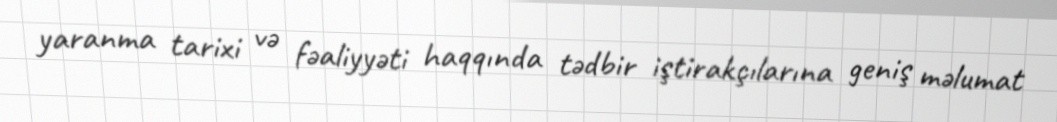
yaranma tarixi və fəaliyyəti haqqında tədbir iştirakçılarına geniş məlumat